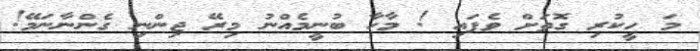
މަ ހީކުރި ގޮތަށް ވެފައި ! މާހާ ބުނީމެއްްނު މިރޭ ޖިންނި ގެންނާނަމޭ!